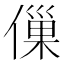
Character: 㑿